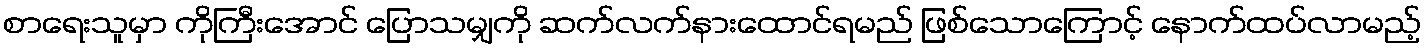
စာရေးသူမှာ ကိုကြီးအောင် ပြောသမျှကို ဆက်လက်နားထောင်ရမည် ဖြစ်သောကြောင့် နောက်ထပ်လာမည့်